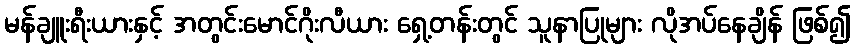
မန်ချူးရီးယားနှင့် အတွင်းမောင်ဂိုးလီယား ရှေ့တန်းတွင် သူနာပြုများ လိုအပ်နေချိန် ဖြစ်၍